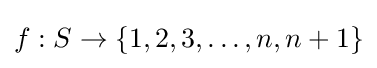
f:S\to \{1,2,3,\dots ,n,n+1\}